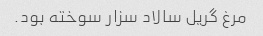
مرغ گریل سالاد سزار سوخته بود.